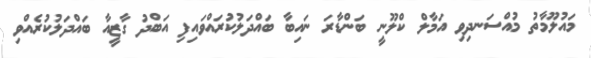
މައުލޫމާތު މުއްސަނދިވި އަމާލް ކްލޫނީ ބަންޑާރަ ނައިބާ ބައްދަލުކުރައްވައިފި އަބްދު ގާޒީއާ ބައްދަލުކުރެއްވި